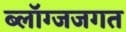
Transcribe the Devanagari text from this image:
ब्लॉग्जजगत